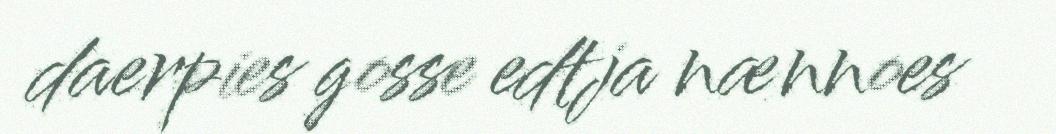
daerpies gosse edtja nænnoes